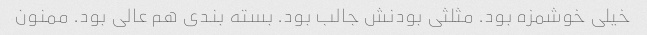
خیلی خوشمزه بود. مثلثی بودنش جالب بود. بسته بندی هم عالی بود. ممنون